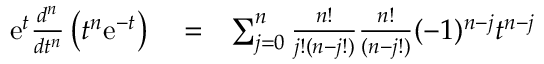
\begin{array} { r l r } { \mathrm { e } ^ { t } \frac { d ^ { n } } { d t ^ { n } } \left( t ^ { n } \mathrm { e } ^ { - t } \right) } & { { } = } & { \sum _ { j = 0 } ^ { n } \frac { n ! } { j ! ( n - j ! ) } \frac { n ! } { ( n - j ! ) } ( - 1 ) ^ { n - j } t ^ { n - j } } \end{array}